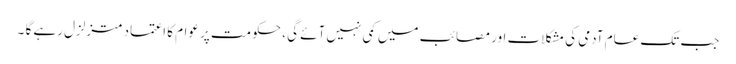
جب تک عام آدمی کی مشکلات اور مصائب میں کمی نہیں آئے گی ، حکومت پر عوام کا اعتماد متزلزل رہے گا ۔